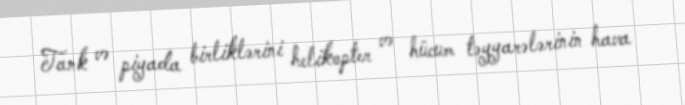
Tank və piyada birliklərini helikopter və hücum təyyarələrinin hava